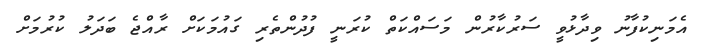
އެމަނިކުފާނު ވިދާޅުވީ ސަރުކާރުން މަސައްކަތް ކުރަނީ ފުދުންތެރި ގައުމަކަށް ރާއްޖެ ބަދަލު ކުރުމަށް